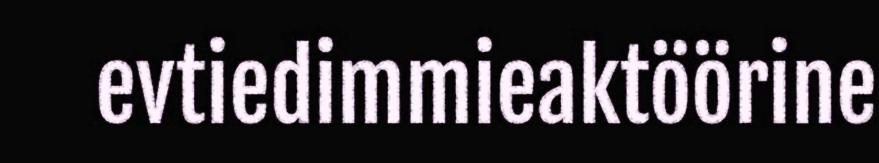
evtiedimmieaktöörine